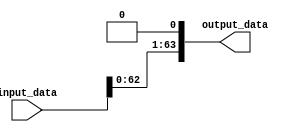

module shift_unit #(parameter n = 64) (input_data, output_data);
    
    input [n - 1 : 0] input_data;
    output[n - 1 : 0] output_data;

    assign output_data = input_data << 1;
    
endmodule